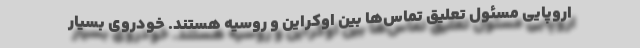
اروپایی مسئول تعلیق تماس‌ها بین اوکراین و روسیه هستند. خودروی بسیار